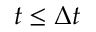
t \le \Delta t